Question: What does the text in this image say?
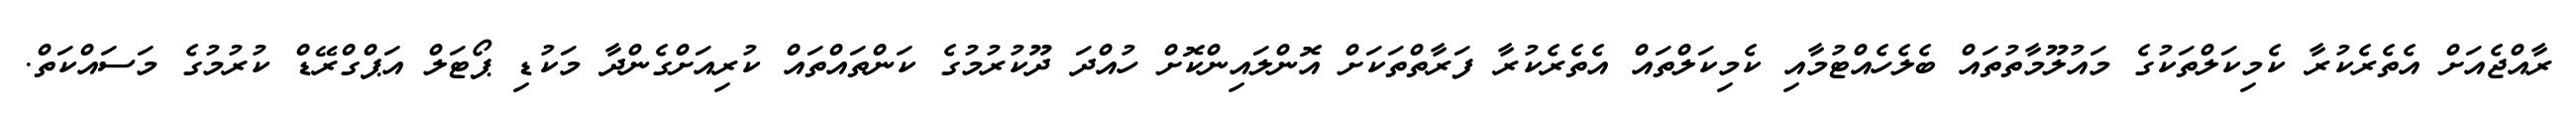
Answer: ރާއްޖެއަށް އެތެރެކުރާ ކެމިކަލްތަކުގެ މައުލޫމާތުތައް ބެލެހެއްޓުމާއި ކެމިކަލްތައް އެތެރެކުރާ ފަރާތްތަކަށް އޮންލައިންކޮށް ހުއްދަ ދޫކުރުމުގެ ކަންތައްތައް ކުރިއަށްގެންދާ މަކުޑި ޕޯޓަލް އަޕްގްރޭޑް ކުރުމުގެ މަސައްކަތް.